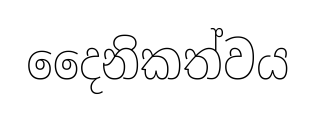
දෛනිකත්වය